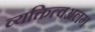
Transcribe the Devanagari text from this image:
व्यक्तित्वअलग